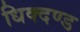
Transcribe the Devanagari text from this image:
धिक्दण्ड